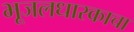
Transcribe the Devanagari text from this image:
भूजलधारकाचा